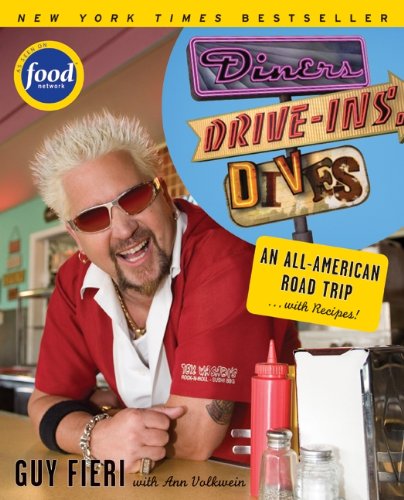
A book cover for Diners, Drive-ins and Dives: An All-American Road Trip . . . with Recipes!; Guy Fieri; Travel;